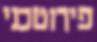
פירוטכני